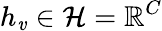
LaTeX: h_{\mathit{v}}\in\mathcal{{H}}=\mathbb{{R}}^{C}